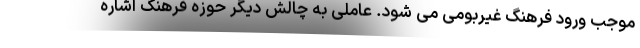
موجب ورود فرهنگ غیربومی می شود. عاملی به چالش دیگر حوزه فرهنگ اشاره